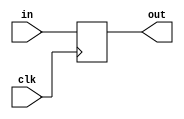
module coreir_reg #(
    parameter width = 1,
    parameter clk_posedge = 1,
    parameter init = 1
) (
    input clk,
    input [width-1:0] in,
    output [width-1:0] out
);
  reg [width-1:0] outReg=init;
  wire real_clk;
  assign real_clk = clk_posedge ? clk : ~clk;
  always @(posedge real_clk) begin
    outReg <= in;
  end
  assign out = outReg;
endmodule

module DFF_init1_has_ceFalse_has_resetFalse_has_async_resetFalse (
    input I,
    output O,
    input CLK
);
wire [0:0] reg_P_inst0_out;
coreir_reg #(
    .clk_posedge(1'b1),
    .init(1'h1),
    .width(1)
) reg_P_inst0 (
    .clk(CLK),
    .in(I),
    .out(reg_P_inst0_out)
);
assign O = reg_P_inst0_out[0];
endmodule

module DFF_init0_has_ceFalse_has_resetFalse_has_async_resetFalse (
    input I,
    output O,
    input CLK
);
wire [0:0] reg_P_inst0_out;
coreir_reg #(
    .clk_posedge(1'b1),
    .init(1'h0),
    .width(1)
) reg_P_inst0 (
    .clk(CLK),
    .in(I),
    .out(reg_P_inst0_out)
);
assign O = reg_P_inst0_out[0];
endmodule

module Ring4_0001 (
    output [3:0] O,
    input CLK
);
wire DFF_init0_has_ceFalse_has_resetFalse_has_async_resetFalse_inst0_O;
wire DFF_init0_has_ceFalse_has_resetFalse_has_async_resetFalse_inst1_O;
wire DFF_init0_has_ceFalse_has_resetFalse_has_async_resetFalse_inst2_O;
wire DFF_init1_has_ceFalse_has_resetFalse_has_async_resetFalse_inst0_O;
DFF_init0_has_ceFalse_has_resetFalse_has_async_resetFalse DFF_init0_has_ceFalse_has_resetFalse_has_async_resetFalse_inst0 (
    .I(DFF_init1_has_ceFalse_has_resetFalse_has_async_resetFalse_inst0_O),
    .O(DFF_init0_has_ceFalse_has_resetFalse_has_async_resetFalse_inst0_O),
    .CLK(CLK)
);
DFF_init0_has_ceFalse_has_resetFalse_has_async_resetFalse DFF_init0_has_ceFalse_has_resetFalse_has_async_resetFalse_inst1 (
    .I(DFF_init0_has_ceFalse_has_resetFalse_has_async_resetFalse_inst0_O),
    .O(DFF_init0_has_ceFalse_has_resetFalse_has_async_resetFalse_inst1_O),
    .CLK(CLK)
);
DFF_init0_has_ceFalse_has_resetFalse_has_async_resetFalse DFF_init0_has_ceFalse_has_resetFalse_has_async_resetFalse_inst2 (
    .I(DFF_init0_has_ceFalse_has_resetFalse_has_async_resetFalse_inst1_O),
    .O(DFF_init0_has_ceFalse_has_resetFalse_has_async_resetFalse_inst2_O),
    .CLK(CLK)
);
DFF_init1_has_ceFalse_has_resetFalse_has_async_resetFalse DFF_init1_has_ceFalse_has_resetFalse_has_async_resetFalse_inst0 (
    .I(DFF_init0_has_ceFalse_has_resetFalse_has_async_resetFalse_inst2_O),
    .O(DFF_init1_has_ceFalse_has_resetFalse_has_async_resetFalse_inst0_O),
    .CLK(CLK)
);
assign O = {DFF_init0_has_ceFalse_has_resetFalse_has_async_resetFalse_inst2_O,DFF_init0_has_ceFalse_has_resetFalse_has_async_resetFalse_inst1_O,DFF_init0_has_ceFalse_has_resetFalse_has_async_resetFalse_inst0_O,DFF_init1_has_ceFalse_has_resetFalse_has_async_resetFalse_inst0_O};
endmodule